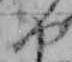
や